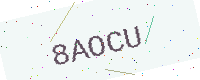
Text: 8AOCU